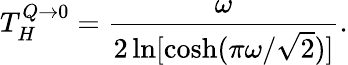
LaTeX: T_{H}^{Q\to 0}={\frac{\omega}{2\ln[\cosh(\pi\omega/\sqrt 2)]}}.